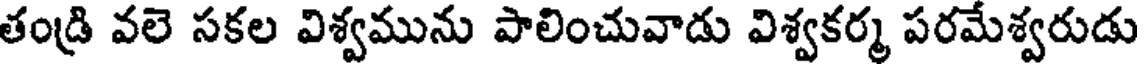
తండ్రి వలె సకల విశ్వమును పాలించువాడు విశ్వకర్మ పరమేశ్వరుడు